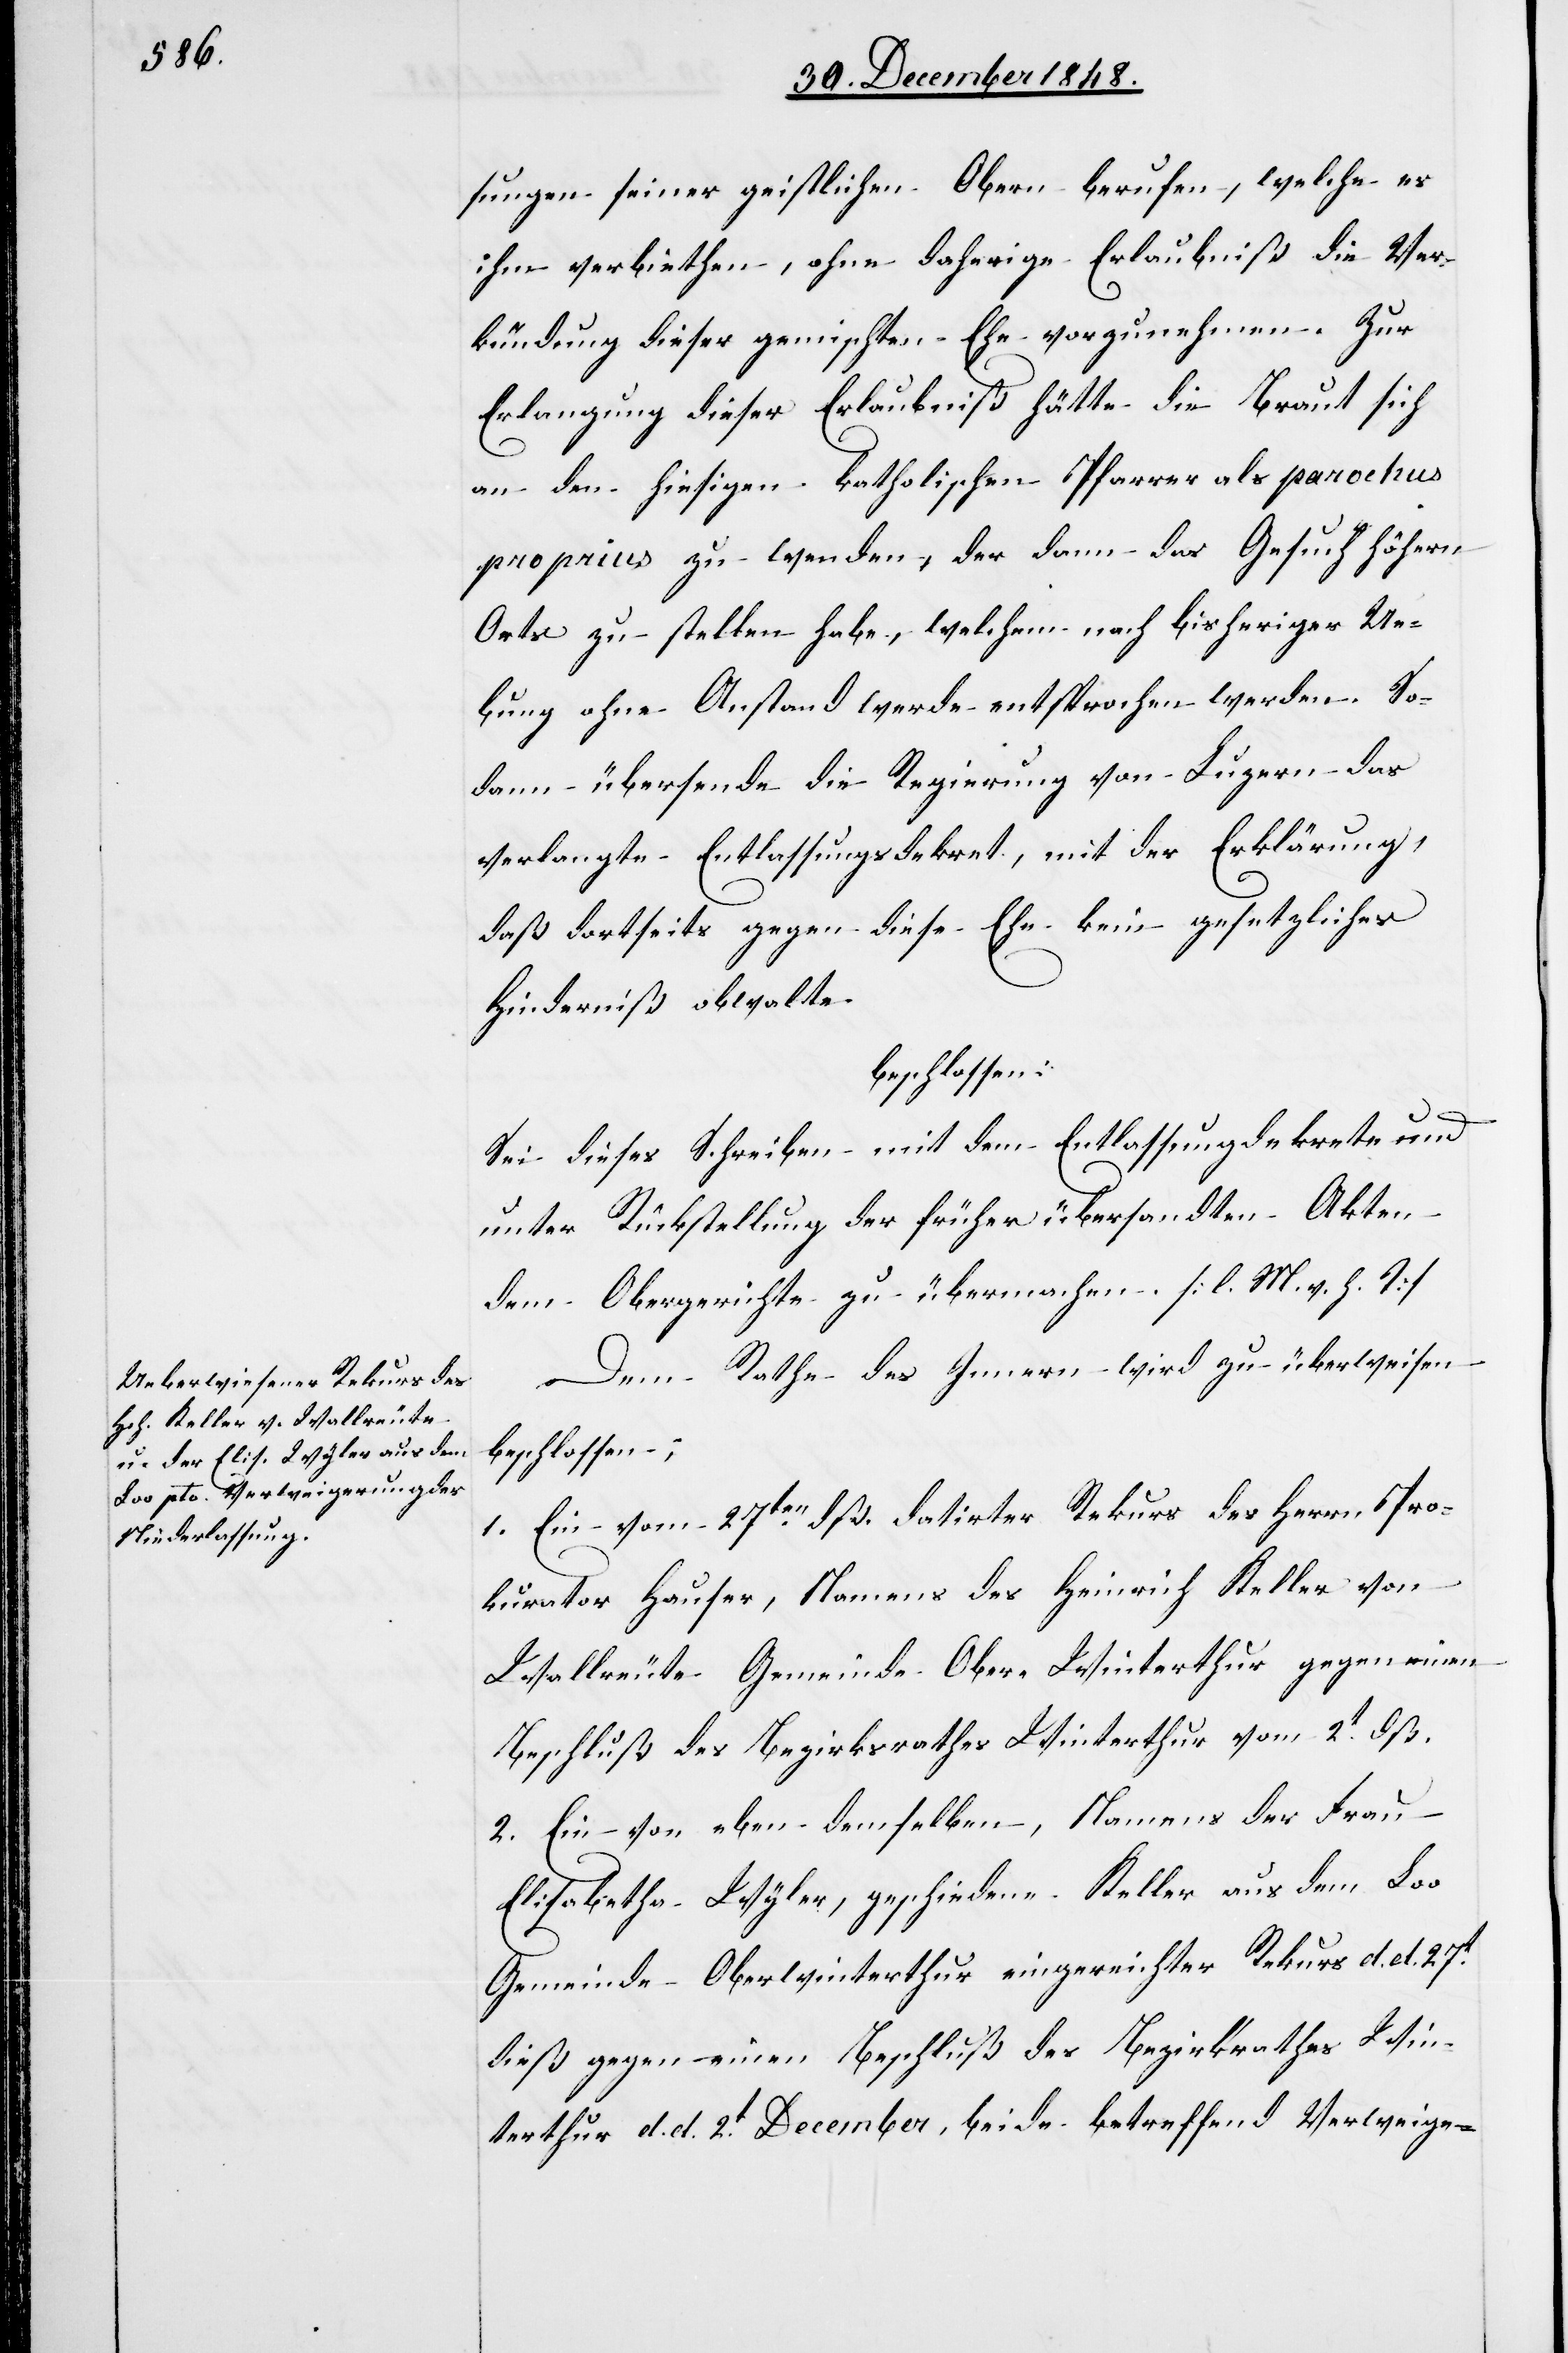
sungen seiner geistlichen Obern berufen, welche es
ihm verbiethen, ohne daherige Erlaubniß die Ver¬
kündung dieser gemischten Ehe vorzunehmen. Zur
Erlangung dieser Erlaubniß hätte die Braut sich
an den hiesigen katholischen Pfarrer als parochus
proprius zu wenden, der dann das Gesuch höhern
Orts zu stellen habe, welchem nach bisheriger Ue¬
bung ohne Anstand werde entsprochen werden. So¬
dann übersende die Regierung von Luzern das
verlangte Entlassungsdekret, mit der Erklärung,
daß dortseits gegen diese Ehe kein gesetzliches
Hinderniß obwalte
beschlossen:
Sei dieses Schreiben mit dem Entlassungdekrete und
unter Rückstellung der früher übersandten Akten
dem Obergerichte zu übermachen. [l. M. v. h. T]
Dem Rathe des Innern wird zu überweisen
beschlossen:
1. Ein vom 27ten dß. datirter Rekurs des Herrn Pro¬
kurator Hauser, Namens des Heinrich Keller von
Wallreute Gemeinde Ober-Winterthur gegen einen
Beschluß des Bezirksrathes Winterthur vom 2t dß.
2. Ein von eben demselben, Namens der Frau
Elisabetha Wyler, geschiedene Keller aus dem Loo
Gemeinde Oberwinterthur eingereichter Rekurs d. d. 27t
dieß gegen einen Beschluß des Bezirksrathes Win¬
terthur d. d. 2t December, beide betreffend Verweige-